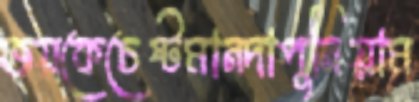
জয়কেচেষ্টমানদাপুনিয়াম